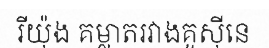
រីយ៉ុង គម្លាតរវាងគូស៊ីនេ